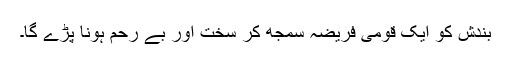
بندش کو ایک قومی فریضہ سمجھ کر سخت اور بے رحم ہونا پڑے گا۔